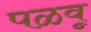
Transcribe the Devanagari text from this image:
पळवू